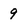
Character: 9